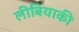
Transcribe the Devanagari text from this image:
लीबियाकी